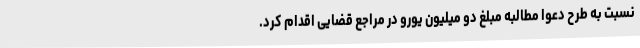
نسبت به طرح دعوا مطالبه مبلغ دو میلیون یورو در مراجع قضایی اقدام کرد.